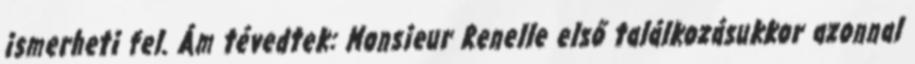
ismerheti fel. Ám tévedtek: Monsieur Renelle első találkozásukkor azonnal